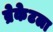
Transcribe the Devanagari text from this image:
ब्रेकेटला